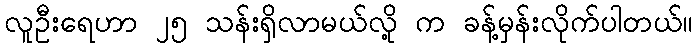
လူဦးရေဟာ ၂၅ သန်းရှိလာမယ်လို့ က ခန့်မှန်းလိုက်ပါတယ်။